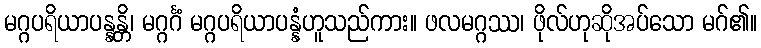
မဂ္ဂပရိယာပန္နန္တိ၊ မဂ္ဂင်္ဂံ မဂ္ဂပရိယာပန္နံဟူသည်ကား။ ဖလမဂ္ဂဿ၊ ဖိုလ်ဟုဆိုအပ်သော မဂ်၏။